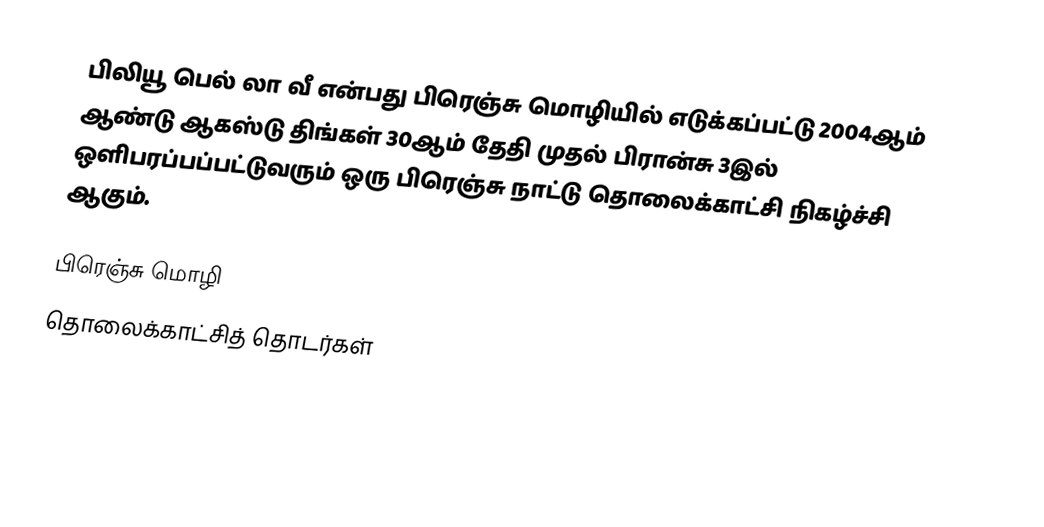
பிலியூ பெல் லா வீ என்பது பிரெஞ்சு மொழியில் எடுக்கப்பட்டு 2004ஆம் ஆண்டு ஆகஸ்டு திங்கள் 30ஆம் தேதி முதல் பிரான்சு 3இல் ஒளிபரப்பப்பட்டுவரும் ஒரு பிரெஞ்சு நாட்டு தொலைக்காட்சி நிகழ்ச்சி ஆகும்.

பிரெஞ்சு மொழி
தொலைக்காட்சித் தொடர்கள்